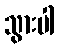
သွားပါ